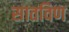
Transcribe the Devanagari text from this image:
सातविण